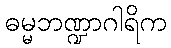
ဓမ္မဘဏ္ဍာဂါရိက